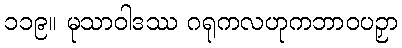
၁၁၉။ မုသာဝါဒဿ ဂရုကလဟုကဘာဝပဉှာ